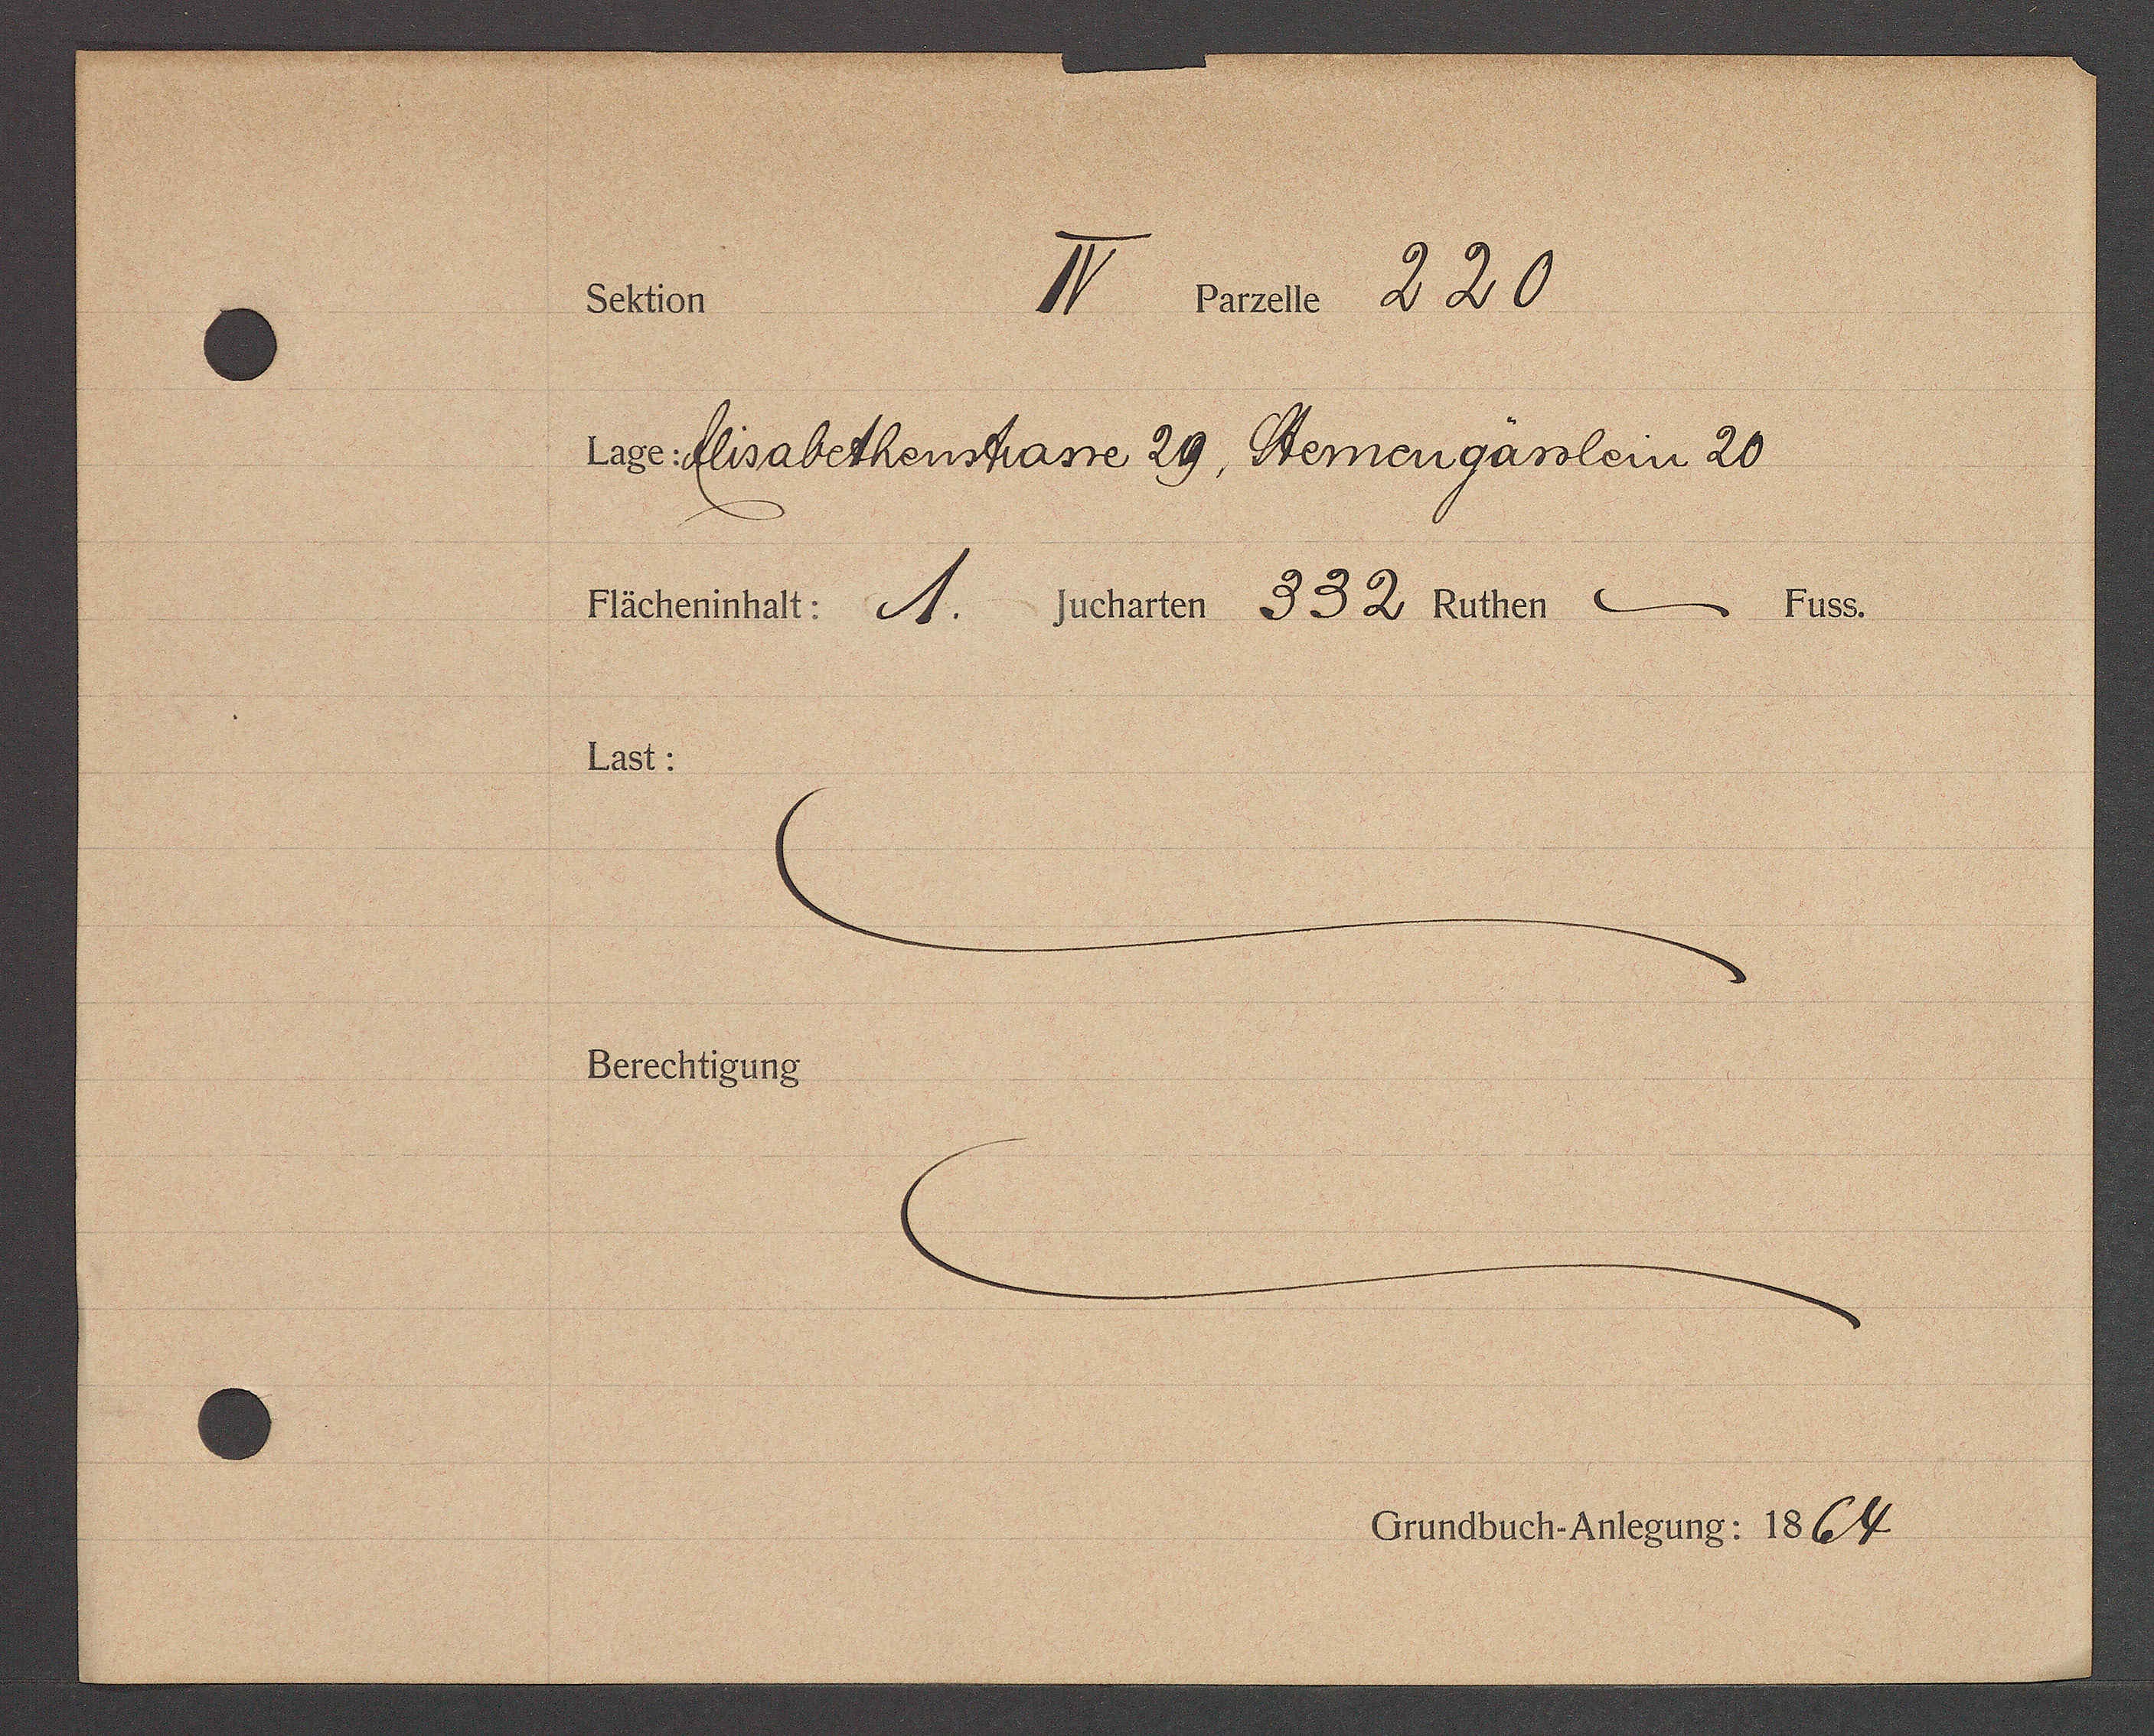
Transcript:
II gasse 220
Settion
18 flisabethenstane 29, Steinengasslein 20
jucharten 332 Ruther 9.
1455.
richernhat i.
1651.
Berechtigung
Crundbuch. Antegung: 1864.